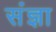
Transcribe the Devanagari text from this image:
संंज्ञा